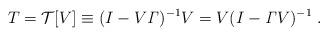
LaTeX: \begin{align*}T = {\cal T}[V] \equiv (I - V {\it \Gamma})^{-1} V = V(I - {\it \Gamma}V)^{-1} \ .\end{align*}